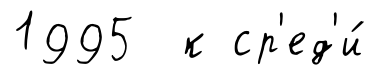
1995 к ср'ед'и́